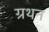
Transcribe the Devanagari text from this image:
ग्रथन